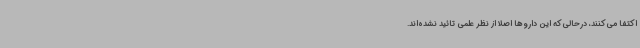
اکتفا می‌کنند، درحالی‌که این داروها اصلاً از نظر علمی تائید نشده‌اند.